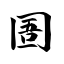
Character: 圄